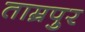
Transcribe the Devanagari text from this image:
ताम्रपुर